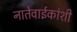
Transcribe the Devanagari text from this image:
नातेवाईकांशी